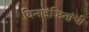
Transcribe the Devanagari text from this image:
बिनाइंजिनांची